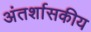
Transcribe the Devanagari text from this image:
अंतर्शासकीय